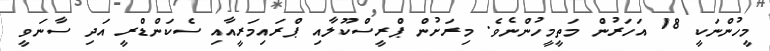
މީހުންނަކީ 18 އަހަރުން މަތީމީހުންނެވެ. މިރަށުން ޕްރީސްކޫލާއި ޕްރައިމަރީއާއި ސެކަންޑްރީ އަދި ސާނަވީ